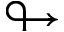
\looparrowright